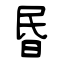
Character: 昬